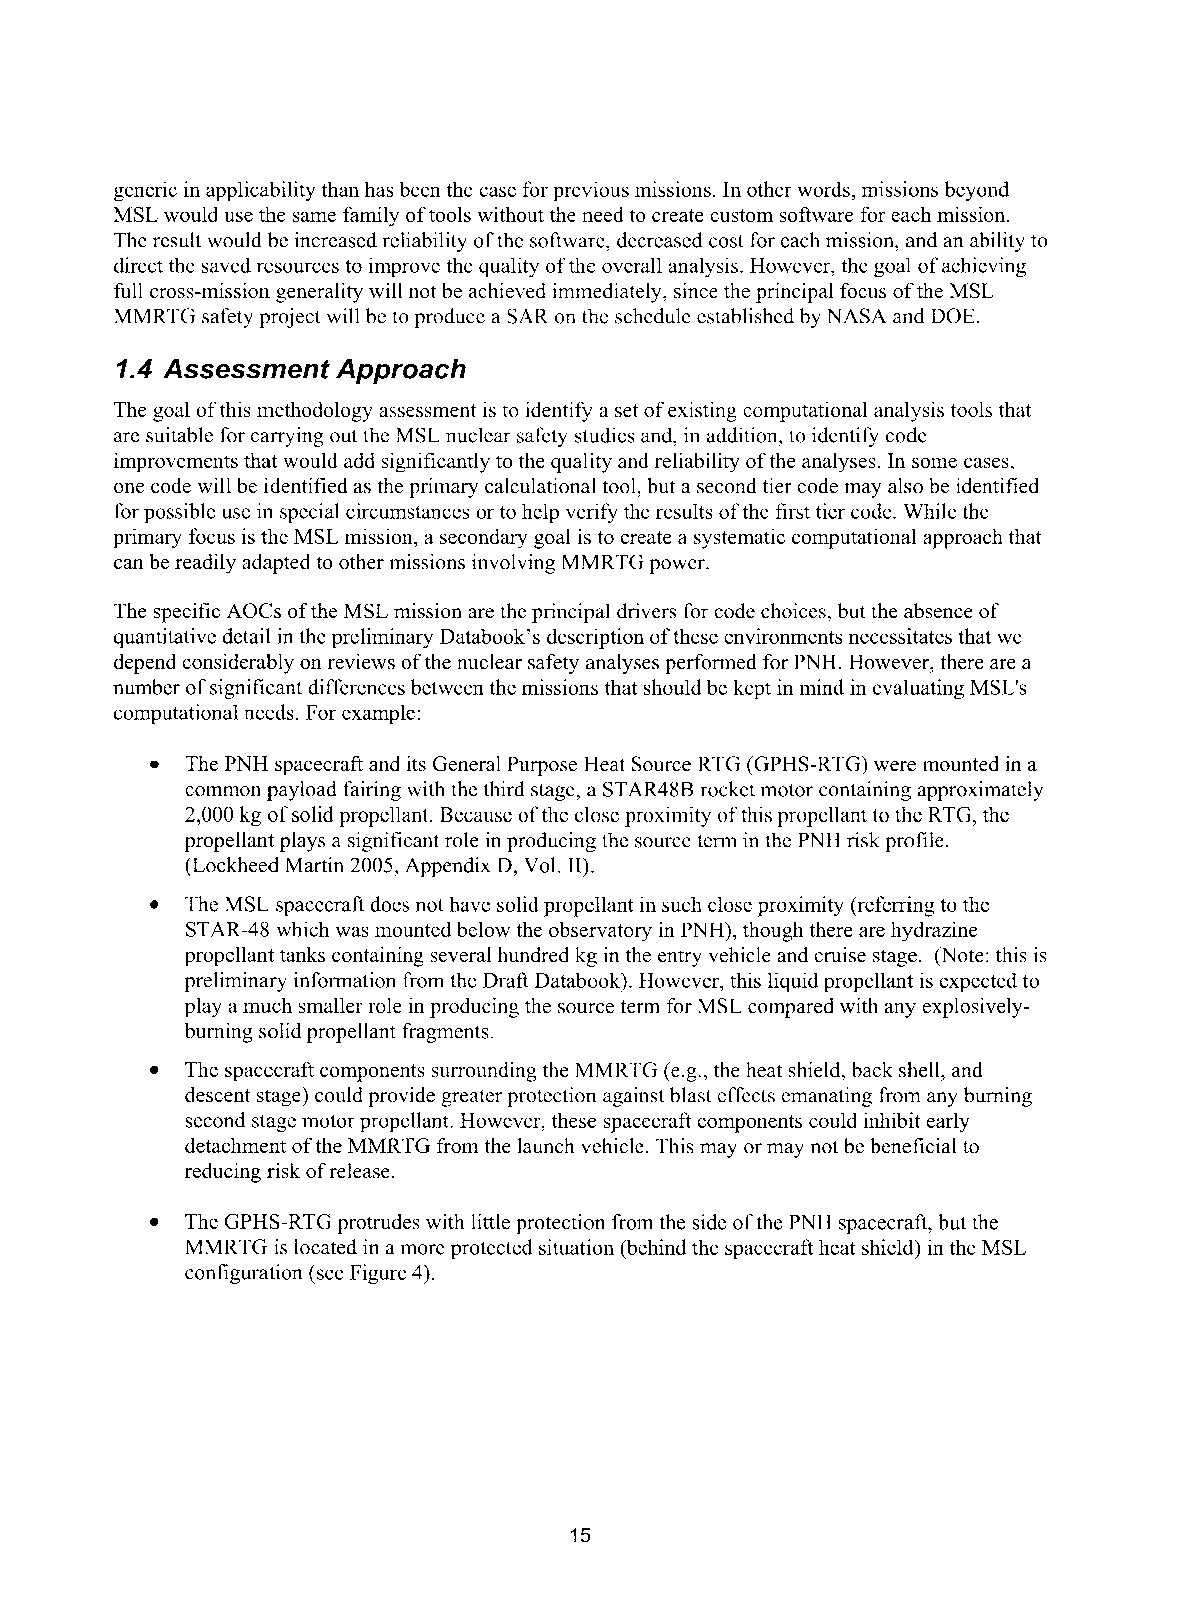
generic in applicability than has been the case for previous missions. In other words, missions beyond
 MSL would use the same family of tools without the need to create custom software for each mission.
 The result would be increased reliability of the software, decreased cost for each mission, and an ability to
 direct the saved resources to improve the quality of the overall analysis. However, the goal of achieving
 full cross-mission generality will not be achieved immediately, since the principal focus of the MSL
 MMRTG safety project will be to produce a SAR on the schedule established by NASA and DOE.
 1.4 Assessment Approach
 The goal of this methodology assessment is to identify a set of existing computational analysis tools that
 arc suitable for carrying out the MSL nuclear safety studies and, in addition, to identify code
 improvements that would add significantly to the quality and reliability of the analyses. In some cases,
 one code will be identified as the primary calculational tool, but a second tier code may also be identified
 for possible use in special circumstances or to help verify the results of the first tier code. While the
 primary focus is the MSL mission, a secondary goal is to create a systematic computational approach that
 can be readily adapted to other missions involving MMRTG power.
 The specific AOCs of the MSL mission are the principal drivers for code choices, but the absence of
 quantitative detail in the preliminary Databook's description of these environments necessitates that we
 depend considerably on reviews of the nuclear safety analyses performed for PNH. However, there are a
 number of significant differences between the missions that should be kept in mind in evaluating MSL's
 computational needs. For example:
 The PNH spacecraft and its General Purpose Heat Source RTG (GPHS-RTG) were mounted in a
 common payload fairing with the third stage, a STAR48B rocket motor containing approximately
 2,000 kg of solid propellant. Because of the close proximity of this propellant to the RTG, the
 propellant plays a significant role in producing the source term in the PNH risk profile.
 (Lockheed Martin 2005, Appendix D, Vol. 11).
 The MSL spacecraft does not have solid propellant in such close proximity (referring to the
 STAR-48 which was mounted below the observatory in PNH), though there are hydrazine
 propellant tanks containing several hundred kg in the entry vehicle and cruise stage. (Note: this is
 preliminary information from the Draft Databook). However, this liquid propellant is expected to
 play a much smaller role in producing the source term for MSL compared with any explosively-
 burning solid propellant fragments.
 The spacecraft components surrounding the MMRTG (e.g., the heat shield, back shell, and
 descent stage) could provide greater protection against blast effects emanating from any burning
 second stage motor propellant. However, these spacecraft components could inhibit early
 detachment of the MMRTG from the launch vehicle. This may or may not be beneficial to
 reducing risk of release.
 The GPHS-RTG protrudes with little protection from the side of the PNH spacecraft, but the
 MMRTG is located in a more protected situation (behind the spacecraft heat shield) in the MSL
 configuration (see Figure 4).
 15